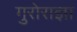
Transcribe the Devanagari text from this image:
गुरोराज्ञा